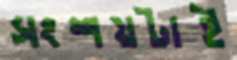
সংশয়টাই